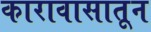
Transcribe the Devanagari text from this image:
कारावासातून